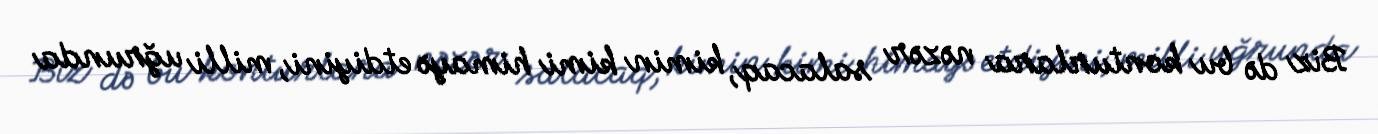
Biz də bu konturlara nəzər salacaq, kimin kimi himayə etdiyini, milli uğrunda